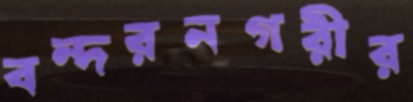
বন্দরনগরীর